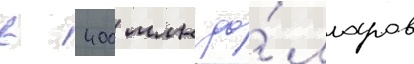
в 400 млн до́лларов